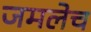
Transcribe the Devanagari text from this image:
जमलेच